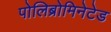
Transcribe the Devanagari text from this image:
पोलिब्रोमिनेटेड